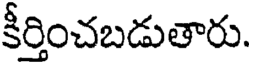
కీర్తించబడుతారు.